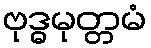
ဗုဒ္ဓမုတ္တမံ